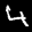
Label: 4